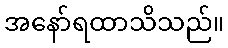
အနော်ရထာသိသည်။